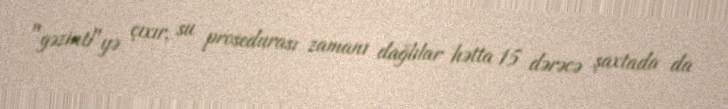
"gəzinti"yə çıxır, su prosedurası zamanı dağlılar hətta 15 dərəcə şaxtada da